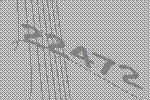
22472